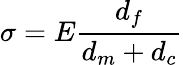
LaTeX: \sigma=E{\frac{d_{f}}{d_{m}+d_{c}}}